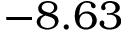
- 8 . 6 3